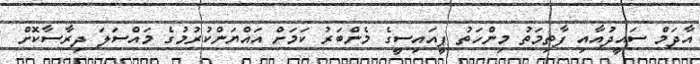
އާދަމް ސައީދުއާއި ފާތިމަތު މިންހަތު ޕީއައިސީގެ މެންބަރު ކަމަށް އައްޔަންކުރުމުގެ މައްސަލަ ދިރާސާކޮށް